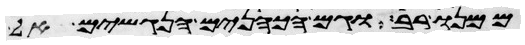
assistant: ממנו רב וגם הכהנים הנגשים אל